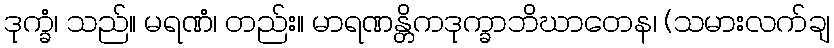
ဒုက္ခံ၊ သည်။ မရဏံ၊ တည်း။ မာရဏန္တိကဒုက္ခာဘိဃာတေန၊ (သမားလက်ချ